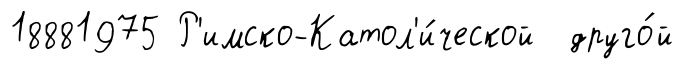
18881975 Р'имско-Катол'и́ческой друго́й